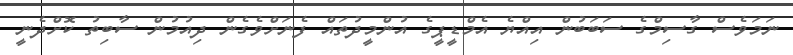
ނަމަވެސް ގާސިމްގެ ސަބަބުން އިއްޔެ އެމްޑީޕީގެ އުންމީދުތައް ފެނަށްވެގެން ދިއުމުން ސާބިތު ކޮށްދެނީ